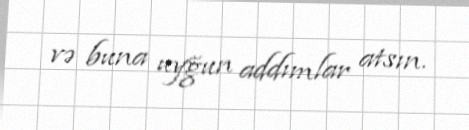
və buna uyğun addımlar atsın.